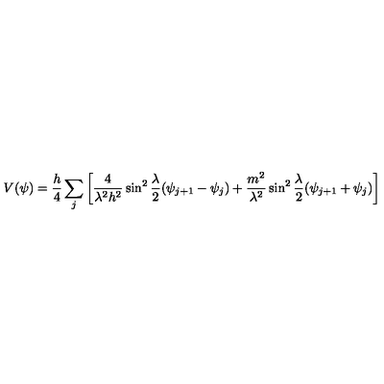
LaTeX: V ( \psi ) = \frac { h } { 4 } \sum _ { j } \left[ \frac { 4 } { \lambda ^ { 2 } h ^ { 2 } } \sin ^ { 2 } \frac { \lambda } { 2 } ( \psi _ { j + 1 } - \psi _ { j } ) + \frac { m ^ { 2 } } { \lambda ^ { 2 } } \sin ^ { 2 } \frac { \lambda } { 2 } ( \psi _ { j + 1 } + \psi _ { j } ) \right]